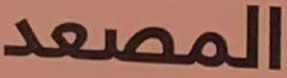
المصعد